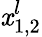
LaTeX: \mathit{x}_{1,2}^{l}